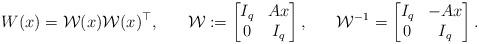
LaTeX: \begin{align*}{W}(x)&=\mathcal W(x)\mathcal W(x)^{\top}, &\mathcal W&:=\begin{bmatrix}I_q & Ax \\0 & I_q\end{bmatrix}, &\mathcal W^{-1}=\begin{bmatrix}I_q & -Ax \\0 & I_q\end{bmatrix}.\end{align*}